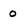
Character: 0